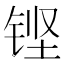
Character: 铿